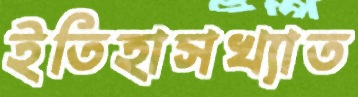
ইতিহাসখ্যাত